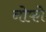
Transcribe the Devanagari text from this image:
नोफो